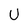
Character: U